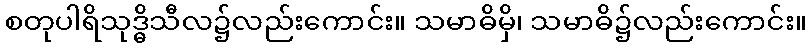
စတုပါရိသုဒ္ဓိသီလ၌လည်းကောင်း။ သမာဓိမှိ၊ သမာဓိ၌လည်းကောင်း။